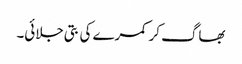
بھاگ کر کمرے کی بتی جلائی۔